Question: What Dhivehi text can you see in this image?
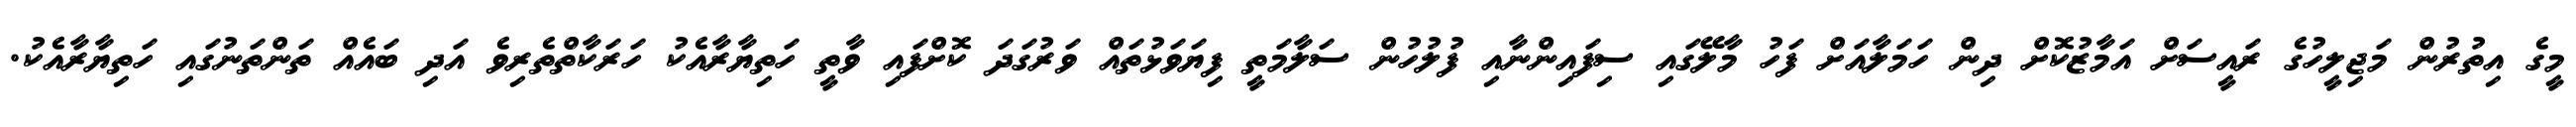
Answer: މީގެ އިތުރުން މަޖިލީހުގެ ރައީސަށް އަމާޒުކޮށް ދިން ހަމަލާއަށް ފަހު މާލޭގައި ސިފައިންނާއި ފުލުހުން ސަލާމަތީ ފިޔަވަޅުތައް ވަރުގަދަ ކޮށްފައި ވާތީ ހަތިޔާރާއެކު ހަރަކާތްތެރިވެ އަދި ބައެއް ތަންތަނުގައި ހަތިޔާރާއެކު.